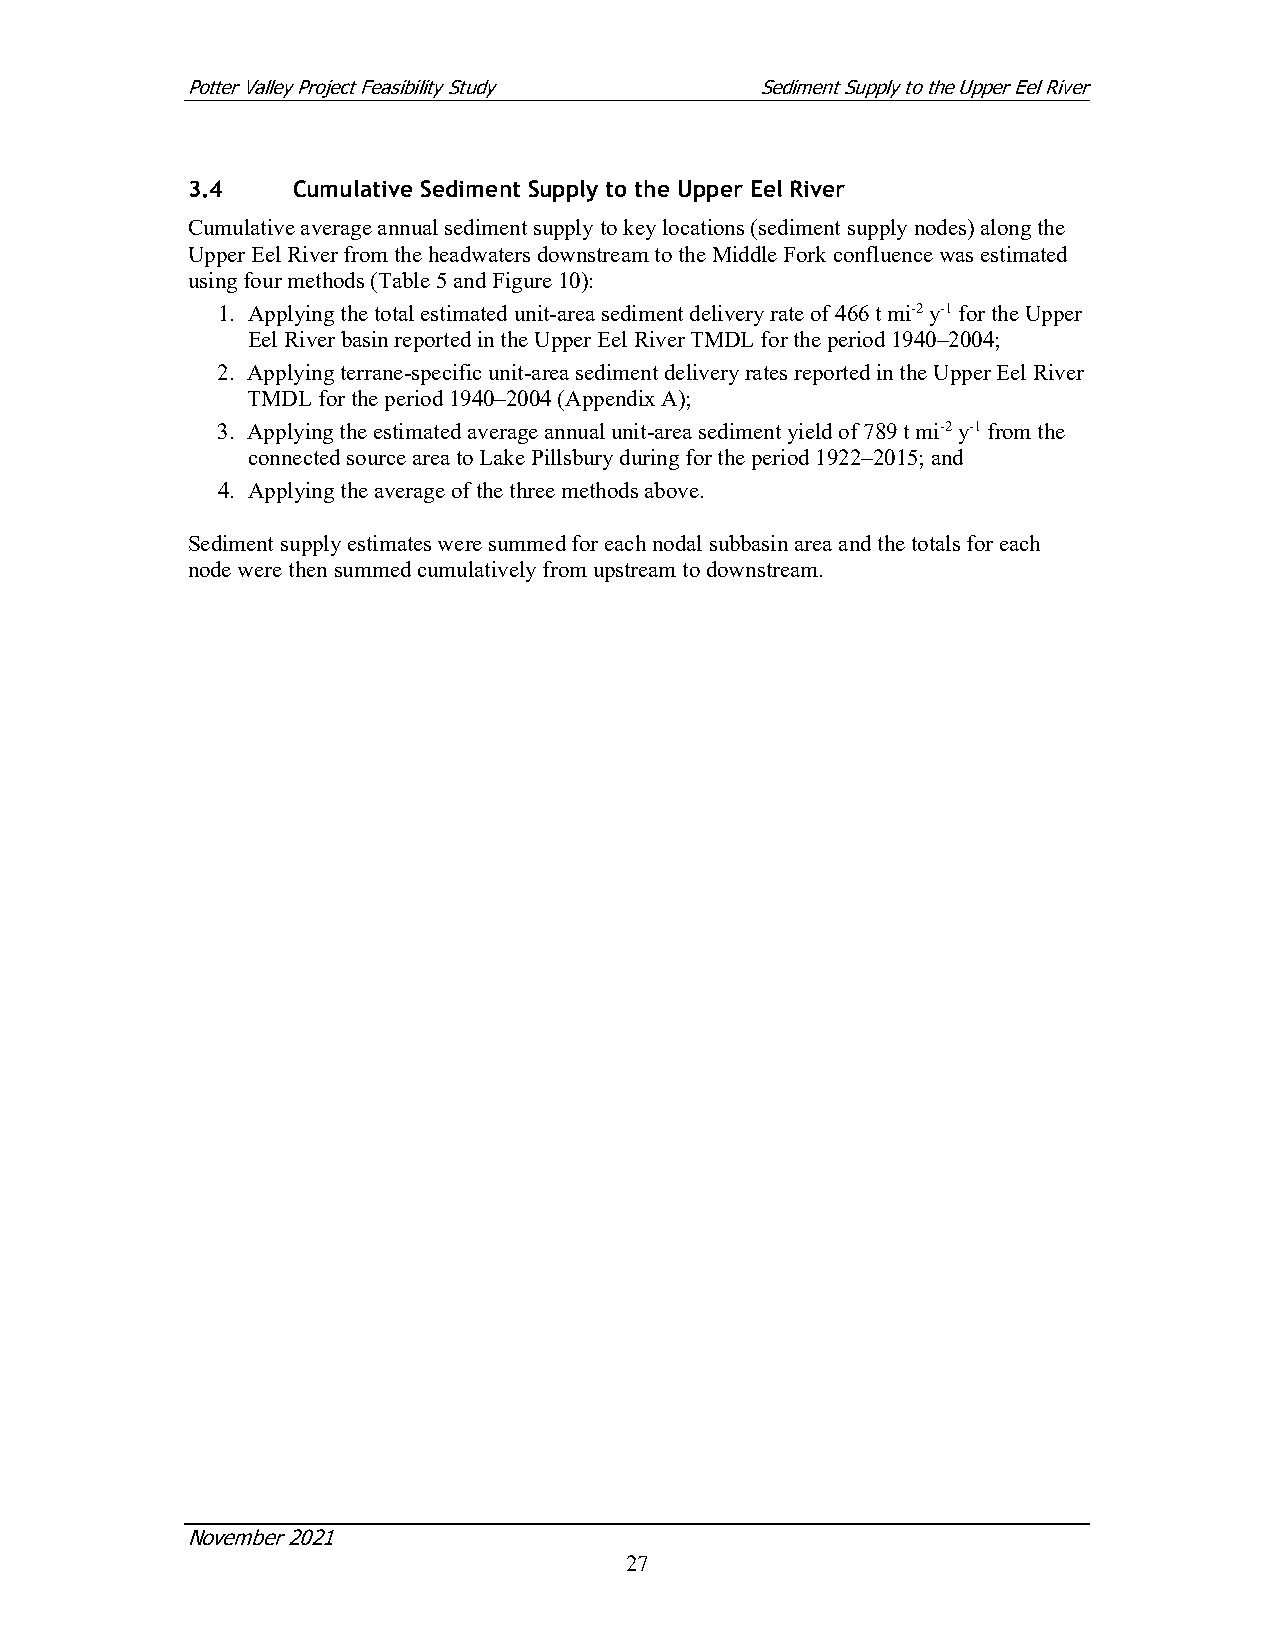
Potter Valley Project Feasibility Study Sediment Supply to the Upper Eel River
 3.4    Cumulative Sediment Supply to the Upper Eel River
 Cumulative average annual sediment supply to key locations (sediment supply nodes) along the
 Upper Eel River from the headwaters downstream to the Middle Fork confluence was estimated
 using four methods (Table 5 and Figure 10):
 1. Applying the total estimated unit-area sediment delivery rate of 466 t mi-2 y-1 for the Upper
 Eel River basin reported in the Upper Eel River TMDL for the period 1940–2004;
 2. Applying terrane-specific unit-area sediment delivery rates reported in the Upper Eel River
 TMDL for the period 1940–2004 (Appendix A);
 3. Applying the estimated average annual unit-area sediment yield of 789 t mi-2 y-1 from the
 connected source area to Lake Pillsbury during for the period 1922–2015; and
 4. Applying the average of the three methods above.
 Sediment supply estimates were summed for each nodal subbasin area and the totals for each
 node were then summed cumulatively from upstream to downstream.
 November 2021
 27